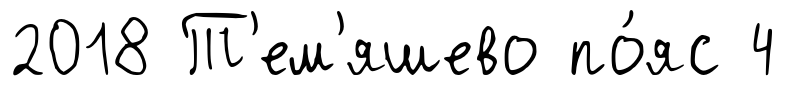
2018 Т'ем'яшево по́яс 4